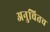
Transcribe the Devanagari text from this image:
अनुचितच